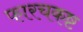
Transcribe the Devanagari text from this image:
फारचकष्ट